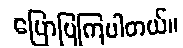
ပြောပြကြပါတယ်။